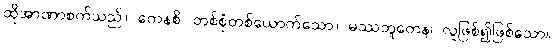
ထိုအာဏာစက်သည်။ ကေနစိ၊ တစ်စုံတစ်ယောက်သော။ မဿဘူတေန၊ လူဖြစ်၍ဖြစ်သော။